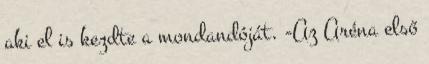
aki el is kezdte a mondandóját. -Az Aréna első